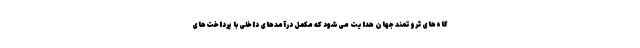
گاه‌های ثروتمند جهان هدایت می‌شود که مکمل درآمدهای داخلی با پرداخت‌های